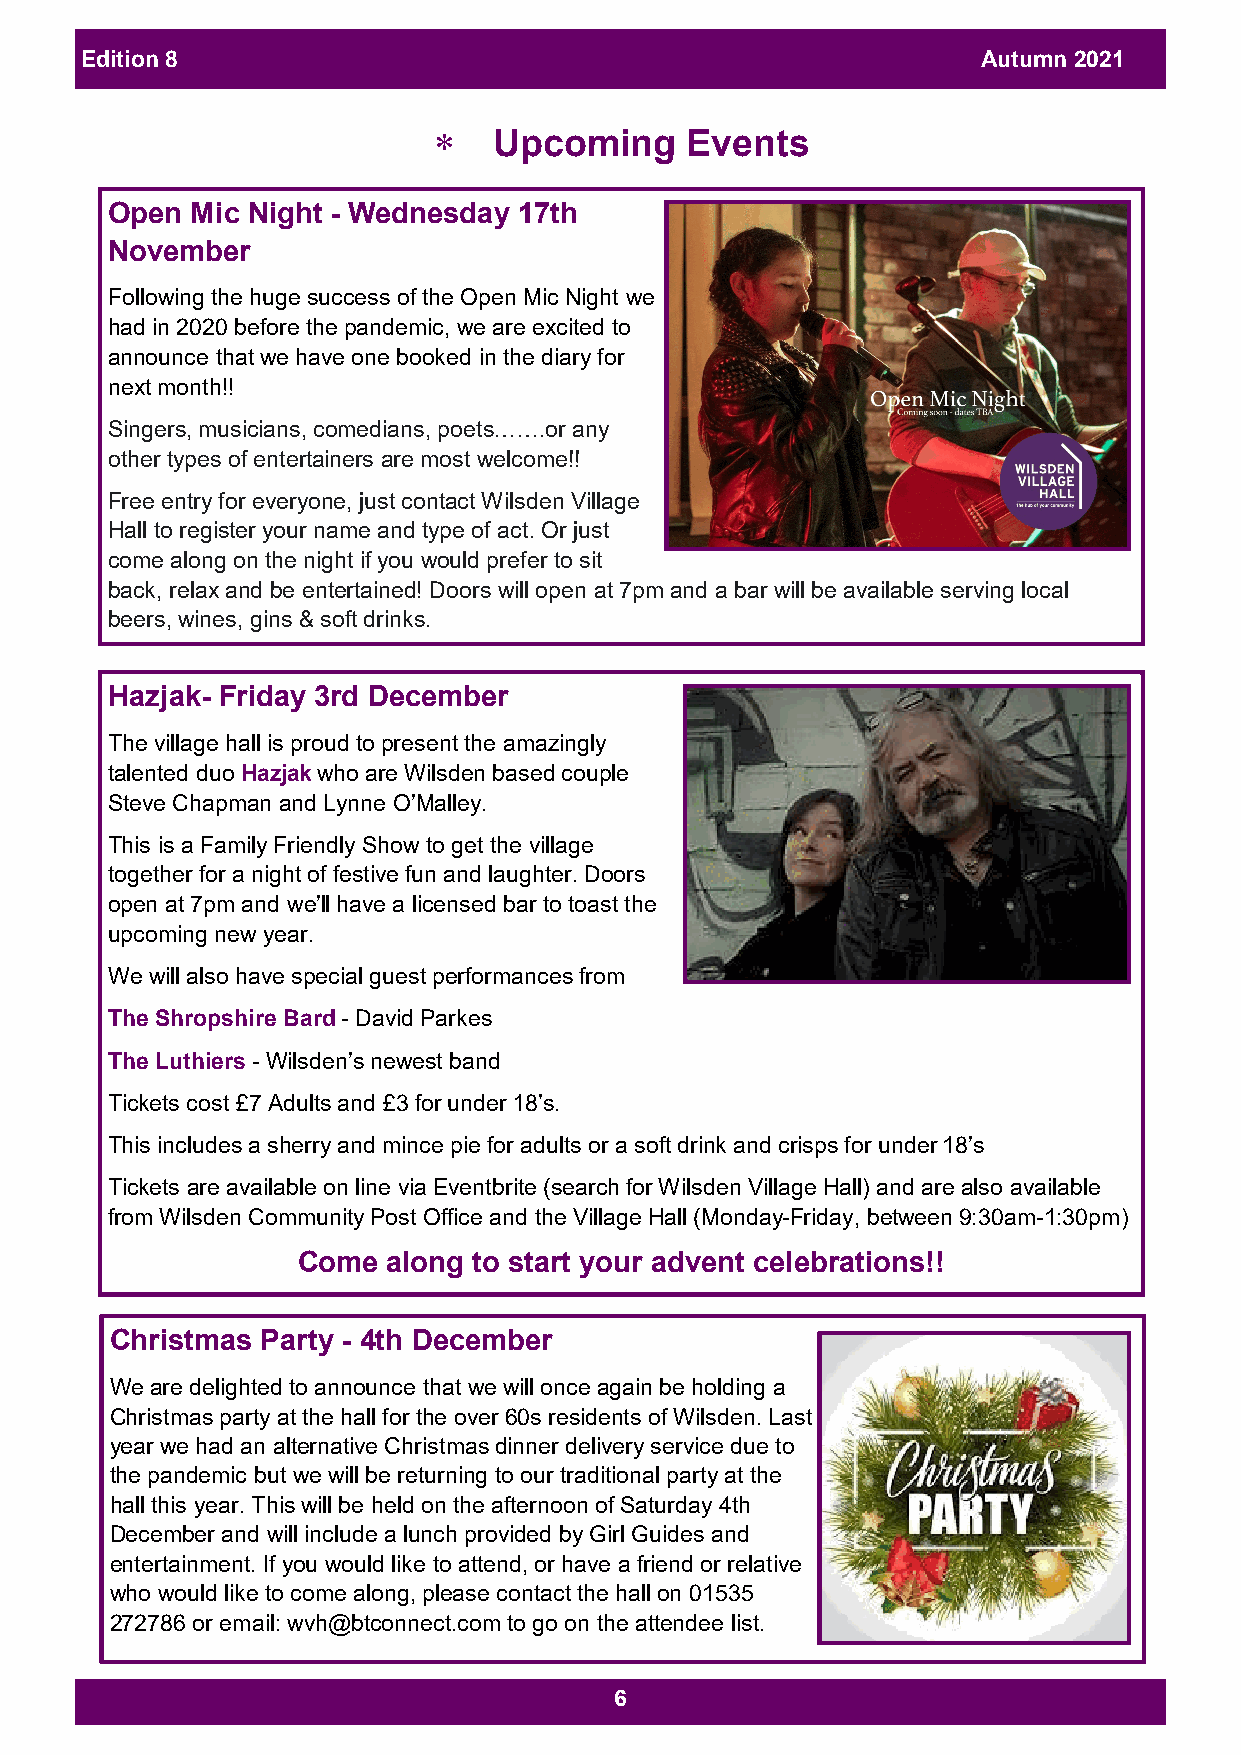
Edition 8                                                   Autumn 2021
    Upcoming    Events
 Open  Mic Night - Wednesday 17th
 November
 Following the huge success of the Open Mic Night we
 had in 2020 before the pandemic, we are excited to
 announce that we have one booked in the diary for
 next month!!
 Singers, musicians, comedians, poets…….or any
 other types of entertainers are most welcome!!
 Free entry for everyone, just contact Wilsden Village
 Hall to register your name and type of act. Or just
 come along on the night if you would prefer to sit
 back, relax and be entertained! Doors will open at 7pm and a bar will be available serving local
 beers, wines, gins & soft drinks.
 Hazjak- Friday 3rd December
 The village hall is proud to present the amazingly
 talented duo Hazjak who are Wilsden based couple
 Steve Chapman and Lynne O’Malley.
 This is a Family Friendly Show to get the village
 together for a night of festive fun and laughter. Doors
 open at 7pm and we’ll have a licensed bar to toast the
 upcoming new year.
 We will also have special guest performances from
 The Shropshire Bard - David Parkes
 The Luthiers - Wilsden’s newest band
 Tickets cost £7 Adults and £3 for under 18’s.
 This includes a sherry and mince pie for adults or a soft drink and crisps for under 18’s
 Tickets are available on line via Eventbrite (search for Wilsden Village Hall) and are also available
 from Wilsden Community Post Office and the Village Hall (Monday-Friday, between 9:30am-1:30pm)
 Come  along to start your advent celebrations!!
 Christmas Party - 4th December
 We are delighted to announce that we will once again be holding a
 Christmas party at the hall for the over 60s residents of Wilsden. Last
 year we had an alternative Christmas dinner delivery service due to
 the pandemic but we will be returning to our traditional party at the
 hall this year. This will be held on the afternoon of Saturday 4th
 December and will include a lunch provided by Girl Guides and
 entertainment. If you would like to attend, or have a friend or relative
 who would like to come along, please contact the hall on 01535
 272786 or email: wvh@btconnect.com to go on the attendee list.
 6